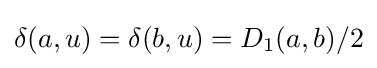
\delta (a,u)=\delta (b,u)=D_{1}(a,b)/2